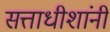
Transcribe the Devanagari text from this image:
सत्ताधीशांनी